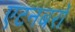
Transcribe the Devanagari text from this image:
एटनबरों